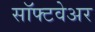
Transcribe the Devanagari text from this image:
साॅफ्टवेअर